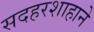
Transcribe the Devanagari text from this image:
सदहरशाहाने